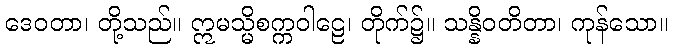
ဒေဝတာ၊ တို့သည်။ ဣမသ္မိစက္ကဝါဠေ၊ တိုက်၌။ သန္နိဝတိတာ၊ ကုန်သော။